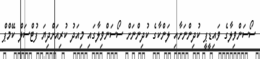
ސޯސަންވިލާގެ ވައިޑީޕީ ކުދިންނަށާއި ލަންކާގެ ކުދިންނަށް ސޯސަންވިލާގައި މިއަދު ކުރިއަށްދިޔަ ފުޓްސަލް ކޭމްޕް